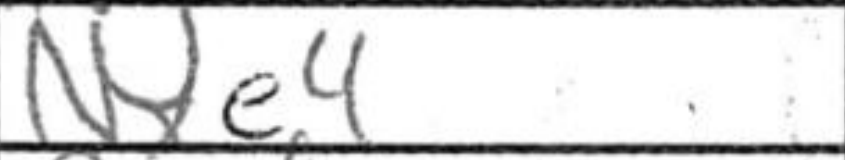
Transcription: Nxe4